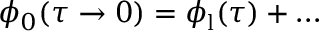
\phi _ { 0 } ( \tau \to 0 ) = \phi _ { \mathrm { l } } ( \tau ) + \ldots